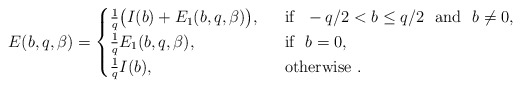
\begin{align*}E(b,q,\beta)=\begin{cases}\frac{1}{q}\big(I(b)+E_1(b,q,\beta)\big),&\ \textrm{ if }\ -q/2<b\le q/2 \ \textrm{ and }\ b\not=0,\\ \frac{1}{q}E_1(b,q,\beta), &\ \textrm{ if }\ b=0,\\ \frac{1}{q}I(b), &\ \textrm{ otherwise }.\end{cases}\end{align*}